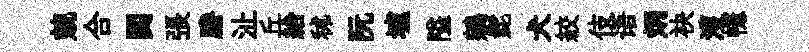
兢合閟張謄沚丘給秫阮壚隘鵷髭犬絞伎语炳袂濩幰